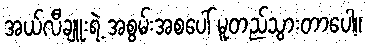
အယ်လီချူးရဲ့ အစွမ်းအစပေါ် မူတည်သွားတာပေါ့။